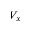
V _ { x }